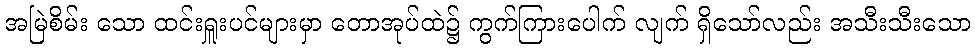
အမြဲစိမ်း သော ထင်းရှူးပင်များမှာ တောအုပ်ထဲ၌ ကွက်ကြားပေါက် လျက် ရှိသော်လည်း အသီးသီးသော